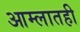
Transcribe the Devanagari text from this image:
आम्लातही